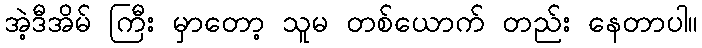
အဲ့ဒီအိမ် ကြီး မှာတော့ သူမ တစ်ယောက် တည်း နေတာပါ။